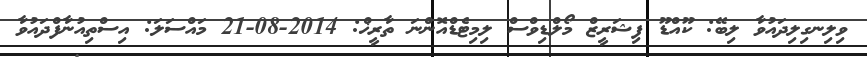
ވިލިނގިލިދައުވާ ލިބޭ: ކޫއްޑޫ ފިޝަރީޒް މޯލްޑިވްސް ލިމިޓެޑްއޮންނަ ތާރީޚް: 2014-08-21 މައްސަލަ: އިސްތިއުނާފްދައުވާ